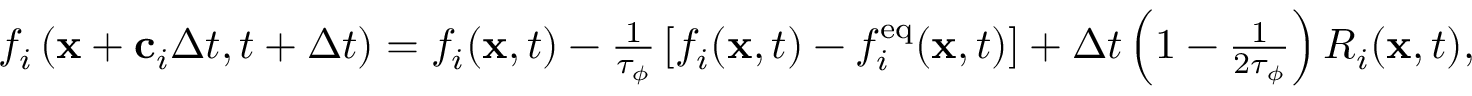
\begin{array} { r } { f _ { i } \left( \mathbf { x } + \mathbf { c } _ { i } \Delta t , t + \Delta t \right) = f _ { i } ( \mathbf { x } , t ) - \frac { 1 } { \tau _ { \phi } } \left[ f _ { i } ( \mathbf { x } , t ) - f _ { i } ^ { \mathrm { e q } } ( \mathbf { x } , t ) \right] + \Delta t \left( 1 - \frac { 1 } { 2 \tau _ { \phi } } \right) R _ { i } ( \mathbf { x } , t ) , } \end{array}